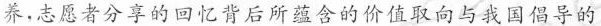
养。志愿者分享的回忆背后所蕴含的价值取向与我国倡导的